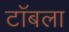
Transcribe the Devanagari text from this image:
टॉबला